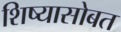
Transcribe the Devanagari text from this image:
शिष्यासोबत